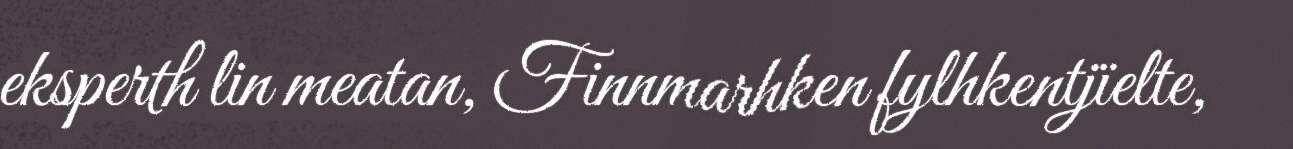
eksperth lin meatan, Finnmarhken fylhkentjïelte,